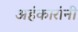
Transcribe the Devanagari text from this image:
अहंकारांनी